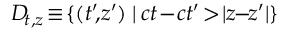
D \! _ { t , z } \! \equiv \! \{ ( t ^ { \prime } \! , \! z ^ { \prime } ) \: | \: c t \! - \! c t ^ { \prime } \! > \! | z \! \! - \! \! z ^ { \prime } | \}